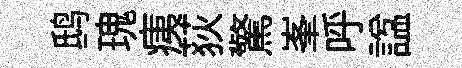
鸱瑰痍荻驚峯呼諡